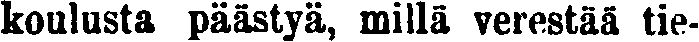
koulusta päästyä, millä verestää tie-